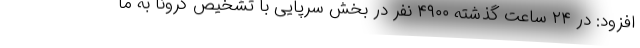
افزود: در ۲۴ ساعت گذشته ۴۹۰۰ نفر در بخش سرپایی با تشخیص کرونا به ما